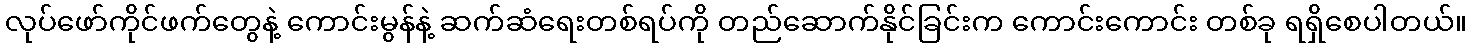
လုပ်ဖော်ကိုင်ဖက်တွေနဲ့ ကောင်းမွန်နဲ့ ဆက်ဆံရေးတစ်ရပ်ကို တည်ဆောက်နိုင်ခြင်းက ကောင်းကောင်း တစ်ခု ရရှိစေပါတယ်။